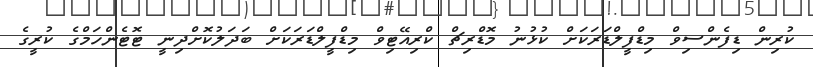
ކުރިން ޑިފެންސިވް މިޑްފީލްޑަރަކަށް ކުޅުނު މޮޑްރިޗް ކްރިއޭޓިވް މިޑްފީލްޑަރަކަށް ބަދަލުކޮށްދިނީ ޓޮޓެންހަމްގެ ކުރީގެ